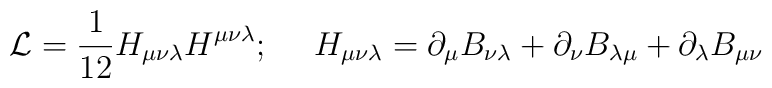
{\cal L} = \frac{1}{12}H_{\mu\nu\lambda}H^{\mu\nu\lambda}; ~~~~H_{\mu\nu\lambda} = \partial_\mu B_{\nu\lambda} + \partial_\nu B_{\lambda\mu} + \partial_\lambda B_{\mu\nu}